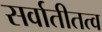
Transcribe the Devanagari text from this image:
सर्वातीतत्व